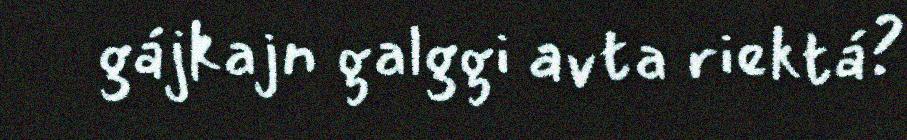
gájkajn galggi avta riektá?